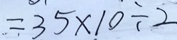
= 3 5 \times 1 0 \div 2